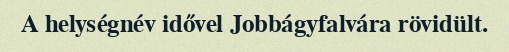
A helységnév idővel Jobbágyfalvára rövidült.